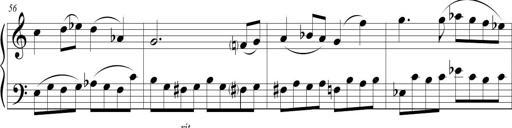
Title: Sonatina (Piano Sonata No.9)
Composer: Richard St. Clair